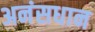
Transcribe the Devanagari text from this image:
अनंसधान